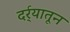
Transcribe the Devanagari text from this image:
दर्र्‍यातून